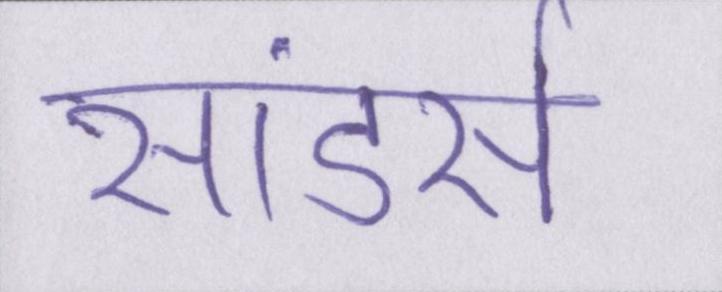
सांडर्स